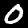
Label: 0